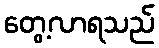
တွေ့လာရသည်